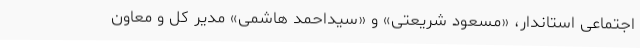
اجتماعی استاندار، «مسعود شریعتی» و «سیداحمد هاشمی» مدیر کل و معاون